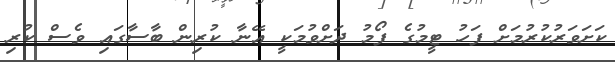
ކަށަވަރުކުރުމަށް ފަހު ޓީމުގެ ފޯމު ދަށްވުމަކީ އޭނާ ކުރިން ބާސާގައި ވެސް ކުރި